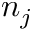
n _ { j }